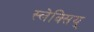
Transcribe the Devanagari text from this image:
स्लेक्सिय्